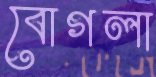
বোগলা